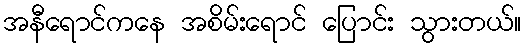
အနီရောင်ကနေ အစိမ်းရောင် ပြောင်း သွားတယ်။